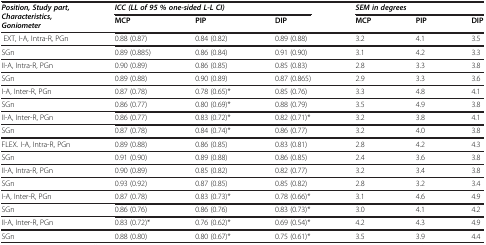
<table><thead><tr><td rowspan="2"><b><i>Position, Study part, Characteristics, Goniometer</i></b></td><td colspan="3"><b><i>ICC (LL of 95 % one-sided L-L CI)</i></b></td><td colspan="3"><b><i>SEM in degrees</i></b></td></tr><tr><td><b>MCP</b></td><td><b>PIP</b></td><td><b>DIP</b></td><td><b>MCP</b></td><td><b>PIP</b></td><td><b>DIP</b></td></tr></thead><tbody><tr><td>EXT, I-A, Intra-R, PGn</td><td>0.88 (0.87)</td><td>0.84 (0.82)</td><td>0.89 (0.88)</td><td>3.2</td><td>4.1</td><td>3.5</td></tr><tr><td>SGn</td><td>0.89 (0.885)</td><td>0.86 (0.84)</td><td>0.91 (0.90)</td><td>3.1</td><td>4.2</td><td>3.3</td></tr><tr><td>II-A, Intra-R, PGn</td><td>0.90 (0.89)</td><td>0.86 (0.85)</td><td>0.85 (0.83)</td><td>2.8</td><td>3.3</td><td>3.8</td></tr><tr><td>SGn</td><td>0.89 (0.88)</td><td>0.90 (0.89)</td><td>0.87 (0.865)</td><td>2.9</td><td>3.3</td><td>3.6</td></tr><tr><td>I-A, Inter-R, PGn</td><td>0.87 (0.78)</td><td>0.78 (0.65)*</td><td>0.85 (0.76)</td><td>3.3</td><td>4.8</td><td>4.1</td></tr><tr><td>SGn</td><td>0.86 (0.77)</td><td>0.80 (0.69)*</td><td>0.88 (0.79)</td><td>3.5</td><td>4.9</td><td>3.8</td></tr><tr><td>II-A, Inter-R, PGn</td><td>0.86 (0.77)</td><td>0.83 (0.72)*</td><td>0.82 (0.71)*</td><td>3.2</td><td>3.8</td><td>4.1</td></tr><tr><td>SGn</td><td>0.87 (0.78)</td><td>0.84 (0.74)*</td><td>0.86 (0.77)</td><td>3.2</td><td>4.0</td><td>3.8</td></tr><tr><td>FLEX. I-A, Intra-R, PGn</td><td>0.89 (0.88)</td><td>0.86 (0.85)</td><td>0.83 (0.81)</td><td>2.8</td><td>4.2</td><td>4.3</td></tr><tr><td>SGn</td><td>0.91 (0.90)</td><td>0.89 (0.88)</td><td>0.86 (0.85)</td><td>2.4</td><td>3.6</td><td>3.8</td></tr><tr><td>II-A, Intra-R, PGn</td><td>0.90 (0.89)</td><td>0.85 (0.82)</td><td>0.82 (0.77)</td><td>3.2</td><td>3.4</td><td>3.8</td></tr><tr><td>SGn</td><td>0.93 (0.92)</td><td>0.87 (0.85)</td><td>0.85 (0.82)</td><td>2.8</td><td>3.2</td><td>3.4</td></tr><tr><td>I-A, Inter-R, PGn</td><td>0.87 (0.78)</td><td>0.83 (0.73)*</td><td>0.78 (0.66)*</td><td>3.1</td><td>4.6</td><td>4.9</td></tr><tr><td>SGn</td><td>0.86 (0.76)</td><td>0.86 (0.76)</td><td>0.83 (0.73)*</td><td>3.0</td><td>4.1</td><td>4.2</td></tr><tr><td>II-A, Inter-R, PGn</td><td>0.83 (0.72)*</td><td>0.76 (0.62)*</td><td>0.69 (0.54)*</td><td>4.2</td><td>4.3</td><td>4.9</td></tr><tr><td>SGn</td><td>0.88 (0.80)</td><td>0.80 (0.67)*</td><td>0.75 (0.61)*</td><td>3.5</td><td>3.9</td><td>4.4</td></tr></tbody></table>